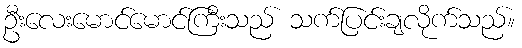
ဦးလေးမောင်မောင်ကြီးသည် သက်ပြင်းချလိုက်သည်။